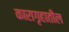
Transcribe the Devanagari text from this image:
कारागृहातील